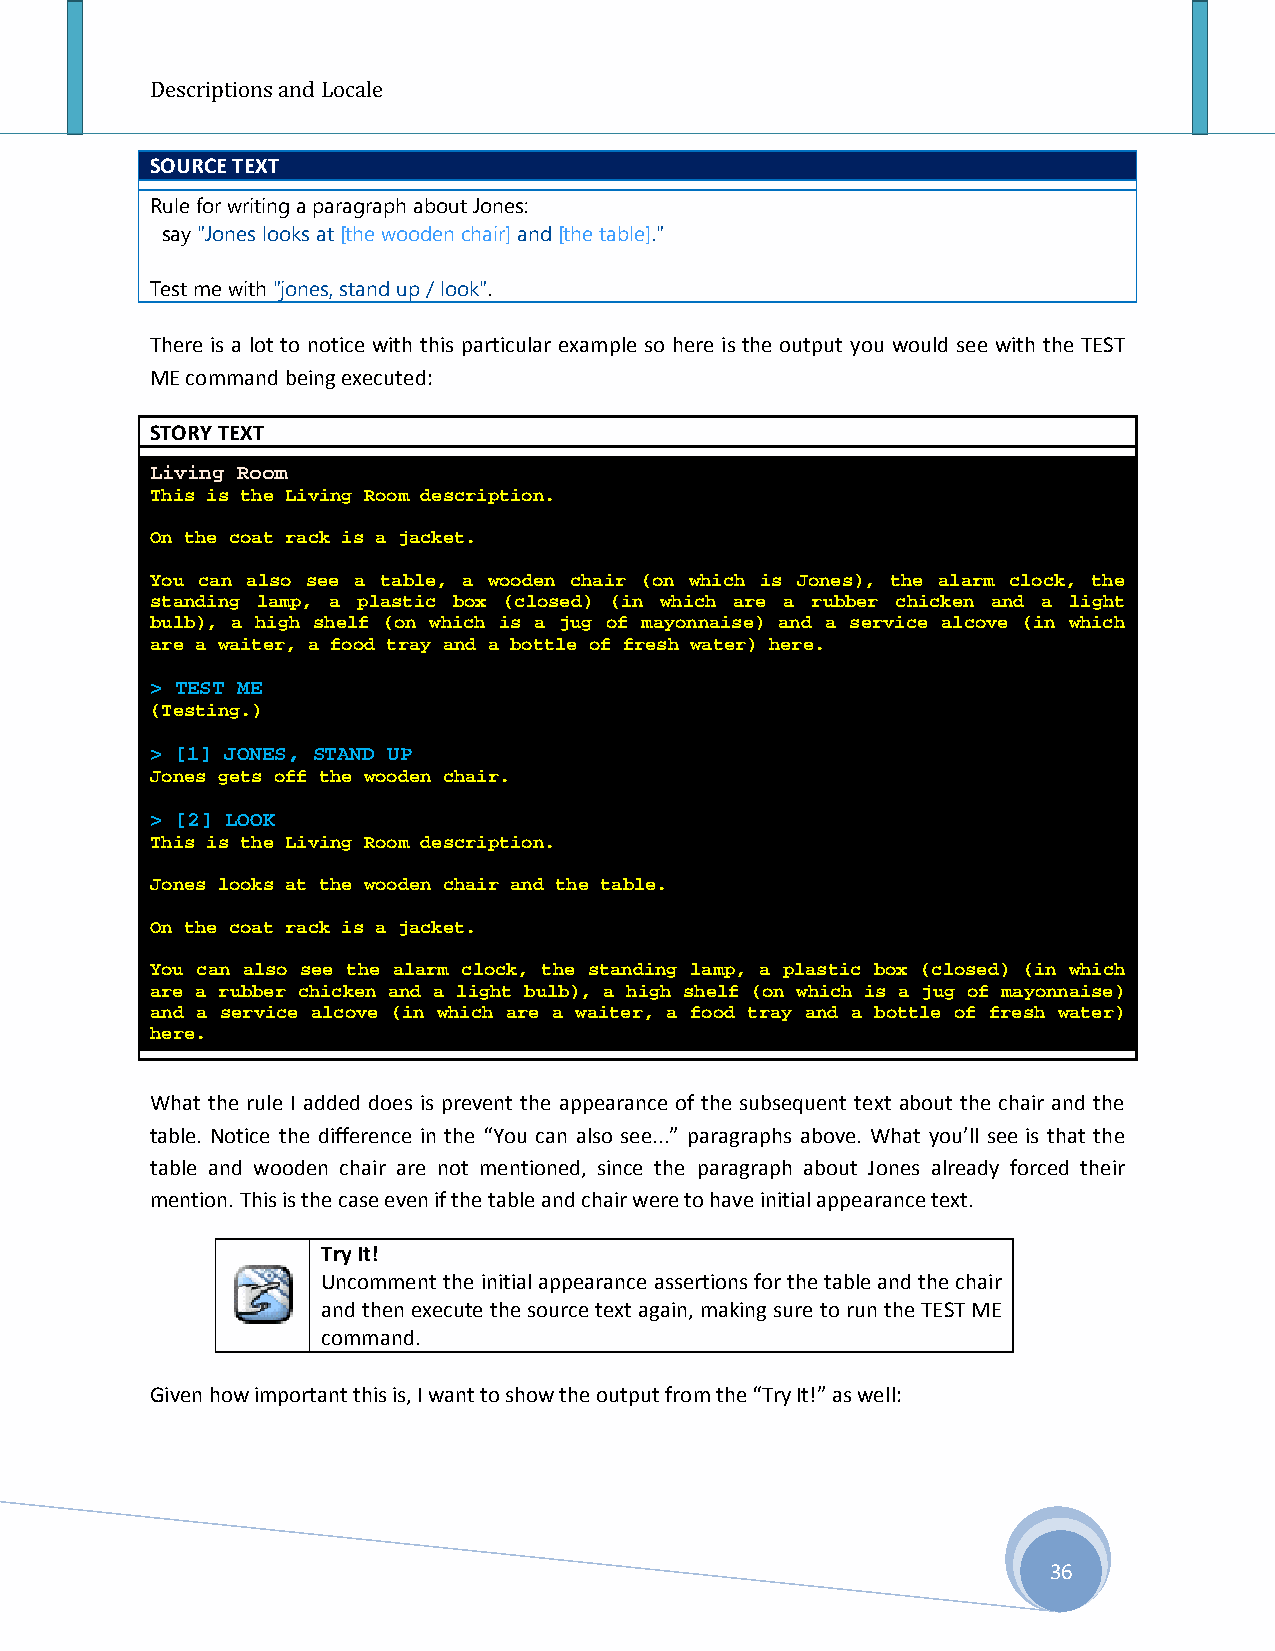
Descriptions and Locale
 SOURCE TEXT
 Rule for writing a paragraph about Jones:
 say "Jones looks at [the wooden chair] and [the table]."
 Test me with "jones, stand up / look".
 There is a lot to notice with this particular example so here is the output you would see with the TEST
 ME command being executed:
 STORY TEXT
 Living Room
 This is the Living Room description.
 On the coat rack is a jacket.
 You can also see a table, a wooden chair (on which is Jones), the alarm clock, the
 standing lamp, a plastic box (closed) (in which are a rubber chicken and a light
 bulb), a high shelf (on which is a jug of mayonnaise) and a service alcove (in which
 are a waiter, a food tray and a bottle of fresh water) here.
 > TEST ME
 (Testing.)
 > [1] JONES, STAND UP
 Jones gets off the wooden chair.
 > [2] LOOK
 This is the Living Room description.
 Jones looks at the wooden chair and the table.
 On the coat rack is a jacket.
 You can also see the alarm clock, the standing lamp, a plastic box (closed) (in which
 are a rubber chicken and a light bulb), a high shelf (on which is a jug of mayonnaise)
 and a service alcove (in which are a waiter, a food tray and a bottle of fresh water)
 here.
 What the rule I added does is prevent the appearance of the subsequent text about the chair and the
 table. Notice the difference in the “You can also see...” paragraphs above. What you’ll see is that the
 table and wooden chair are not mentioned, since the paragraph about Jones already forced their
 mention. This is the case even if the table and chair were to have initial appearance text.
 Try It!
 Uncomment the initial appearance assertions for the table and the chair
 and then execute the source text again, making sure to run the TEST ME
 command.
 Given how important this is, I want to show the output from the “Try It!” as well:
 36